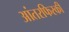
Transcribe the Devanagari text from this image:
आंतरफिरकी